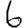
Digit: 6